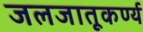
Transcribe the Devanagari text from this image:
जलजातूकर्ण्य